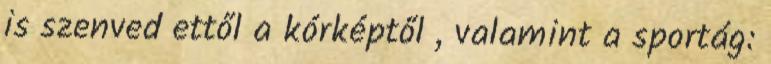
is szenved ettől a kórképtől , valamint a sportág: